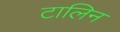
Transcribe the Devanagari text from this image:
टालिन